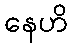
နေဟိ